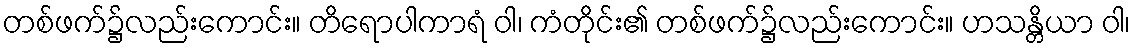
တစ်ဖက်၌လည်းကောင်း။ တိရောပါကာရံ ဝါ၊ ကံတိုင်း၏ တစ်ဖက်၌လည်းကောင်း။ ဟသန္တိယာ ဝါ၊